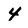
Character: 4